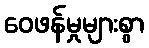
ဝေဖန်မှုများစွာ